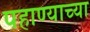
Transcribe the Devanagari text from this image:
पहाण्याच्या